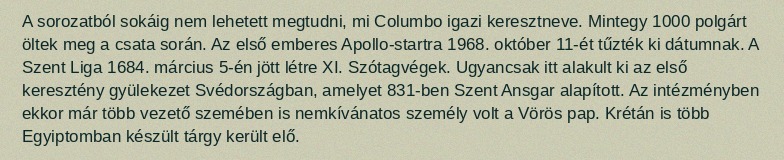
A sorozatból sokáig nem lehetett megtudni, mi Columbo igazi keresztneve. Mintegy 1000 polgárt öltek meg a csata során. Az első emberes Apollo-startra 1968. október 11-ét tűzték ki dátumnak. A Szent Liga 1684. március 5-én jött létre XI. Szótagvégek. Ugyancsak itt alakult ki az első keresztény gyülekezet Svédországban, amelyet 831-ben Szent Ansgar alapított. Az intézményben ekkor már több vezető szemében is nemkívánatos személy volt a Vörös pap. Krétán is több Egyiptomban készült tárgy került elő.